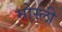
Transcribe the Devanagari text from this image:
मोस्ली